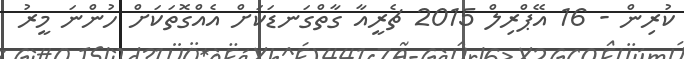
ކުރިން - 16 އޭޕްރިލް 2015 ޗެރީއާ ގާތްގަނޑަކަށް އެއްގޮތަކަށް ހުންނަ މީރު